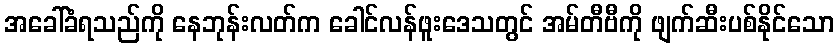
အခေါ်ခံရသည်ကို နေဘုန်းလတ်က ခေါင်လန်ဖူးဒေသတွင် အမ်တီဗီကို ဖျက်ဆီးပစ်နိုင်သော